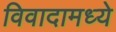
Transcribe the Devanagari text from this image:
विवादामध्ये